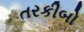
તરકીબો